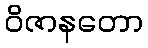
ဝိဇာနတော